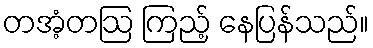
တအံ့တဩ ကြည့် နေပြန်သည်။